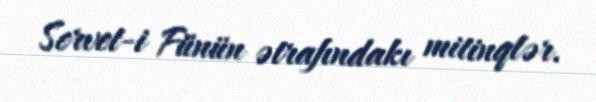
Servet-i Fünün ətrafındakı mitinqlər.